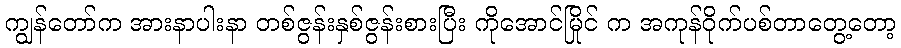
ကျွန်တော်က အားနာပါးနာ တစ်ဇွန်းနှစ်ဇွန်းစားပြီး ကိုအောင်မြိုင် က အကုန်ဝိုက်ပစ်တာတွေ့တော့